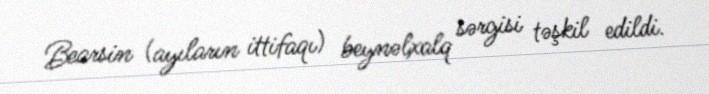
Bearsin (ayıların ittifaqı) beynəlxalq sərgisi təşkil edildi.